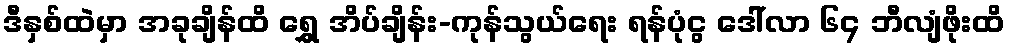
ဒီနှစ်ထဲမှာ အခုချိန်ထိ ရွှေ အိပ်ချိန်း-ကုန်သွယ်ရေး ရန်ပုံငွ ဒေါ်လာ ၆၄ ဘီလျံဖိုးထိ